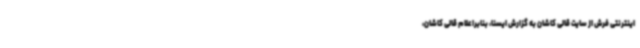
اینترنتی فرش از سایت قالی کاشان به گزارش ایسنا، بنابراعلام قالی کاشان،